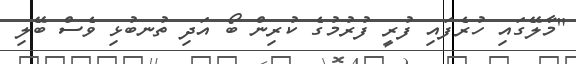
"މާލޭގައި ހުރެފައި ފުރީ ފުރުމުގެ ކުރިން ބޯ އަދި ތުނބުޅި ވެސް ބޭލި